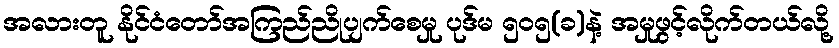
အလားတူ နိုင်ငံတော်အကြည်ညိုပျက်စေမှု ပုဒ်မ ၅၀၅(ခ)နဲ့ အမှုဖွင့်လိုက်တယ်လို့